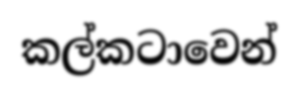
කල්කටාවෙන්